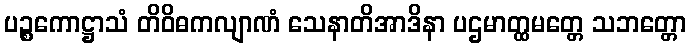
ပဉ္စကောဋ္ဌာသံ တိဝိဓကလျာဏံ သေနာတိအာဒိနာ ပဌမာတ္ထမတ္တေ သဘတ္တော